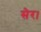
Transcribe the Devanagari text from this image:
सेर।